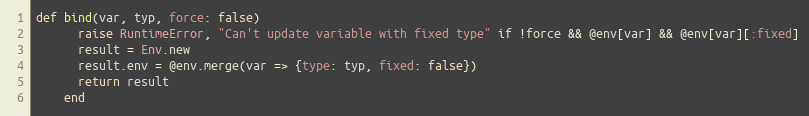
Language: Ruby
def bind(var, typ, force: false)
      raise RuntimeError, "Can't update variable with fixed type" if !force && @env[var] && @env[var][:fixed]
      result = Env.new
      result.env = @env.merge(var => {type: typ, fixed: false})
      return result
    end